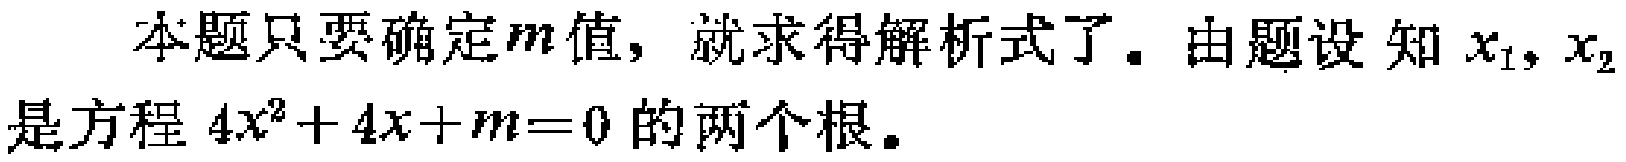
本题只要确定\(m\)值，就求得解析式了。由题设知\(x_{1},x_{2}\)是方程\(4x^{2}+4x + m = 0\)的两个根。